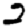
Digit: 2